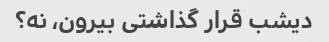
دیشب قرار گذاشتی بیرون، نه؟